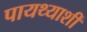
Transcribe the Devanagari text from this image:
पायथ्याशीं